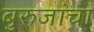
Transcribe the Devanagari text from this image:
बुरुजांचा